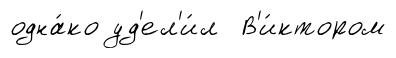
одна́ко уд'ел'и́л В'и́ктором